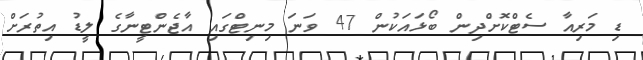
ޑި މަރިއާ ސެޓްކޮށްދިން ބޯޅައަކުން 47 ވަނަ މިނިޓްގައި އާޖެންޓީނާގެ ލީޑު އިތުރަށް